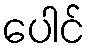
ပေါင်